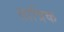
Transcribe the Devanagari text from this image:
तात्रिक